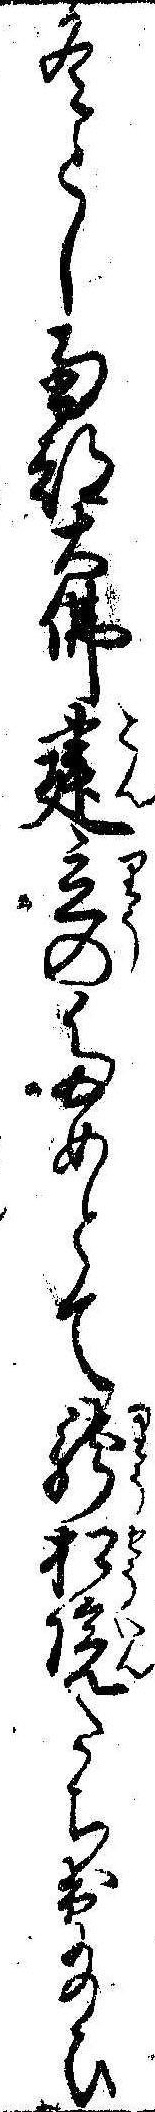
冬とし南都大仏建立のためとて竜松院たち出給ひ